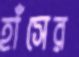
হাঁসের